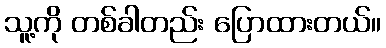
သူ့ကို တစ်ခါတည်း ပြောထားတယ်။